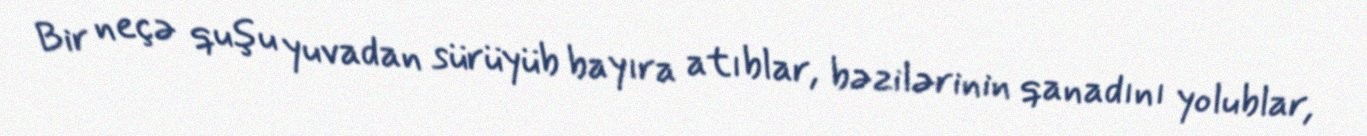
Bir neçə quşu yuvadan sürüyüb bayıra atıblar, bəzilərinin qanadını yolublar,